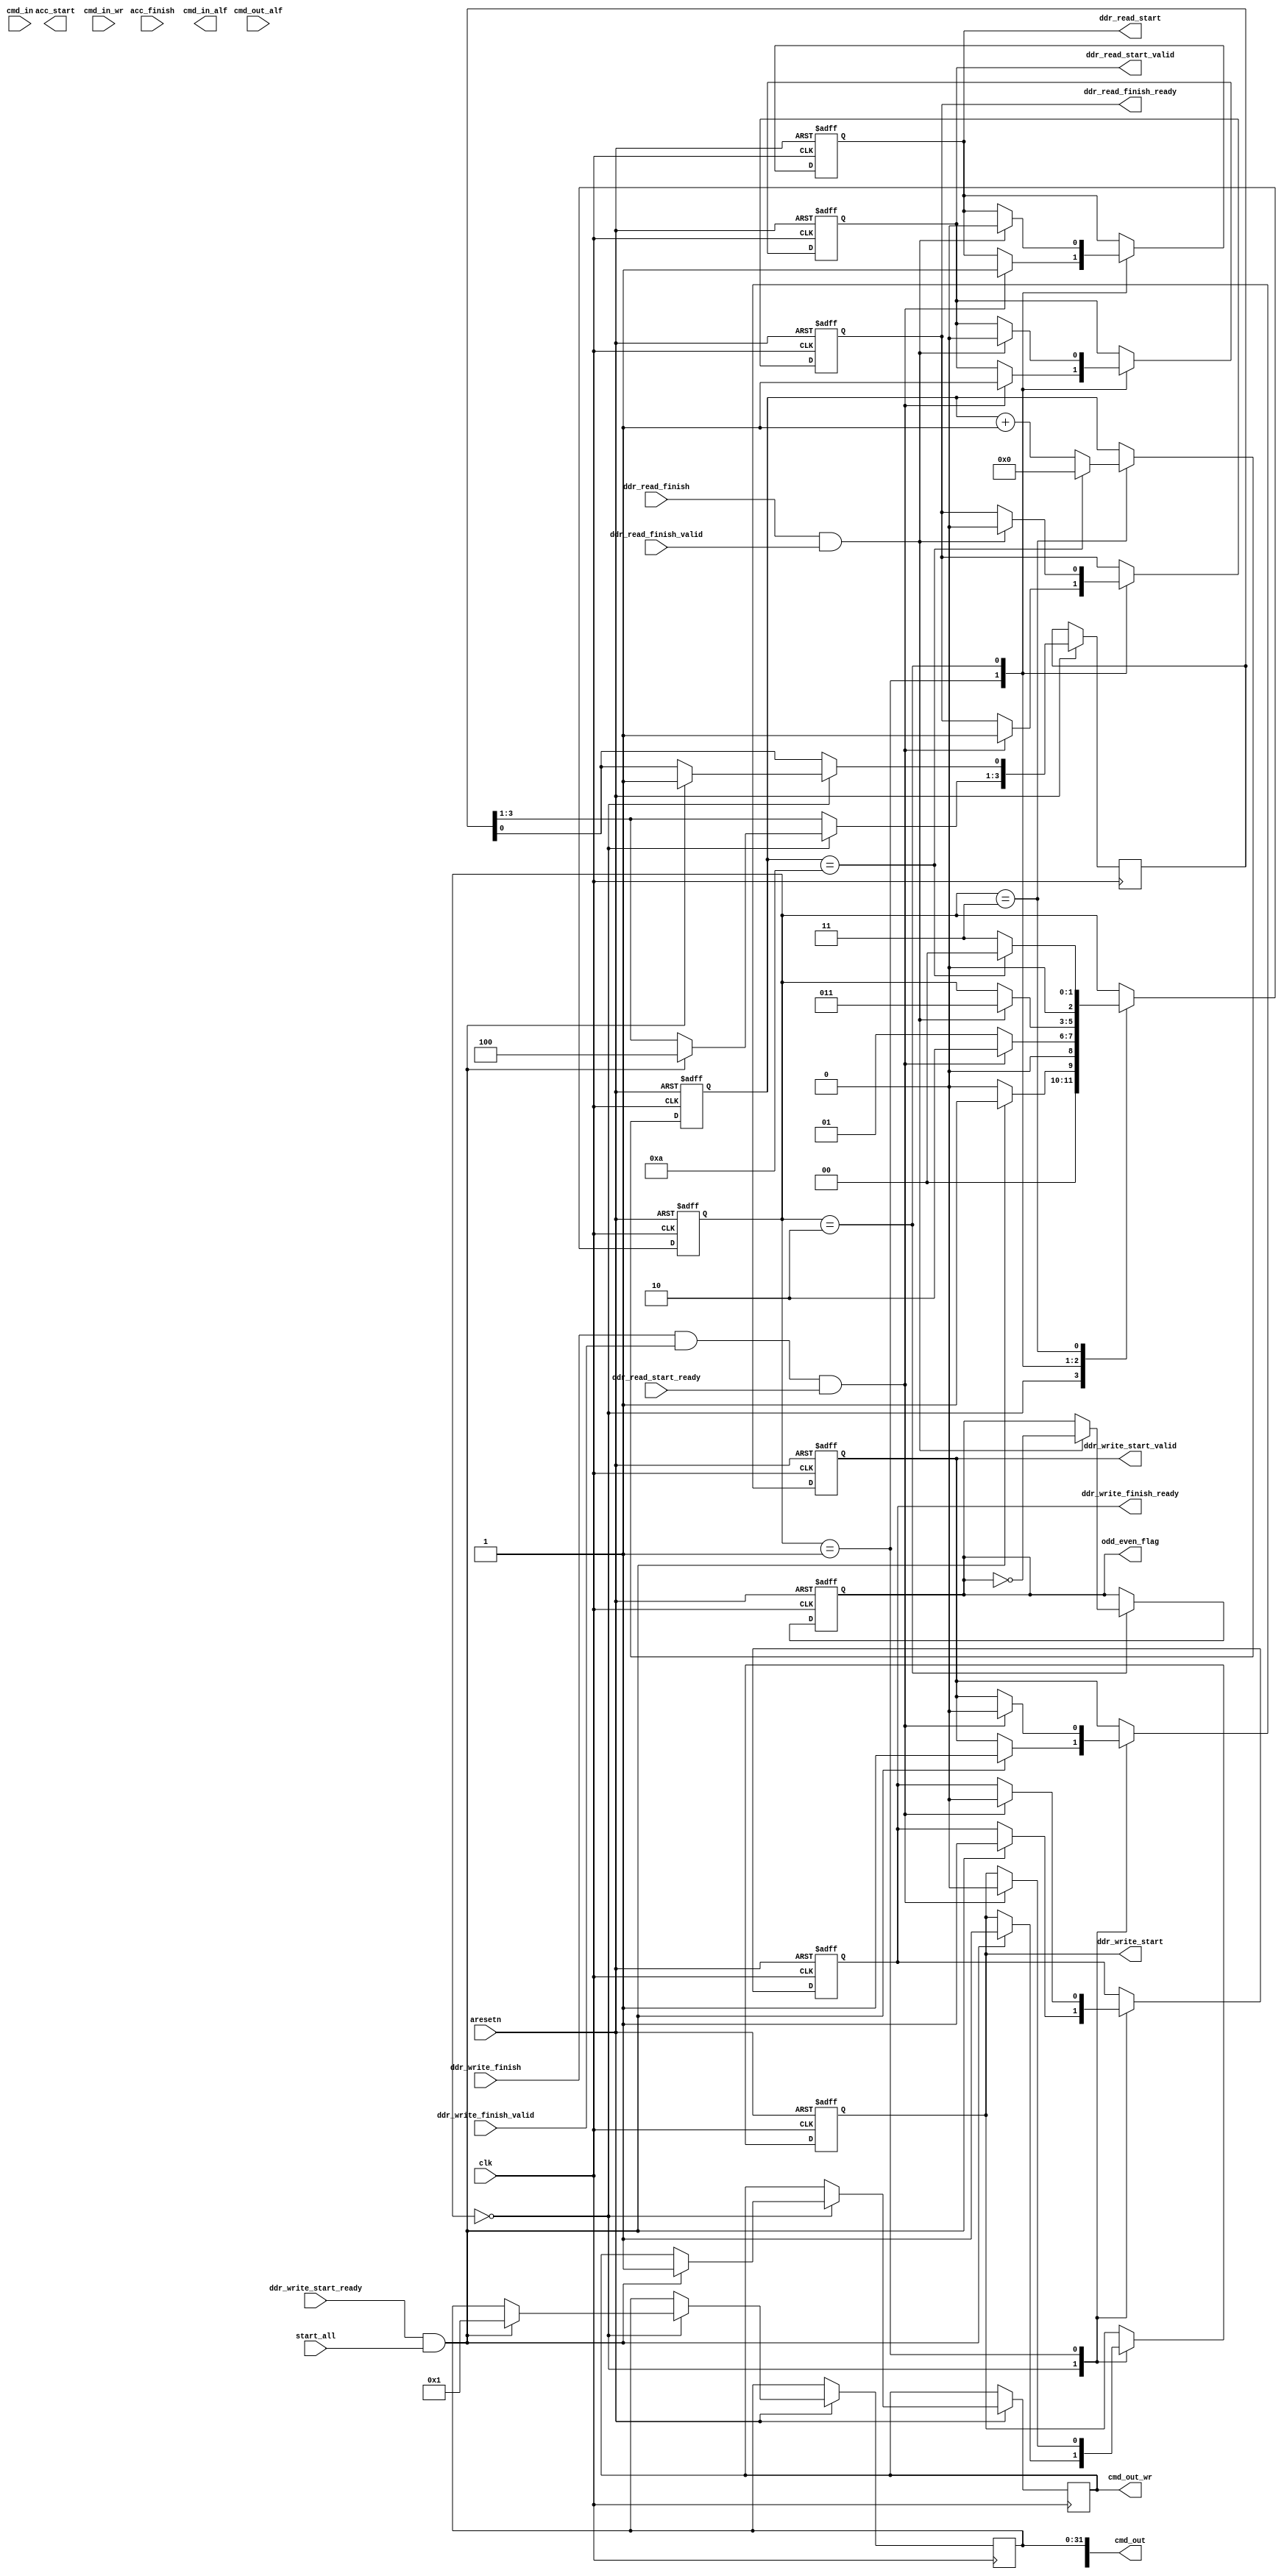

module controller(
    input clk,
    input aresetn,

    //from outside
    input                       start_all,

    //TO MONITOR
    output  reg                 ddr_read_start,
    output  reg                 ddr_read_start_valid,
    input                       ddr_read_start_ready,
    
    //TO CAMERA
    output  reg                 ddr_write_start,
    output  reg                 ddr_write_start_valid,
    input                       ddr_write_start_ready,

    //FROM MONITOR
    input                       ddr_read_finish,
    input                       ddr_read_finish_valid,
    output  reg                 ddr_read_finish_ready,

    //FROM CAMERA
    input                       ddr_write_finish,
    input                       ddr_write_finish_valid,
    output  reg                 ddr_write_finish_ready,

    //TO/FROM ACCEL
    output  reg                 acc_start,
    input                       acc_finish,

    input                       cmd_in_wr,
    input           [63:0]      cmd_in,
    output  reg                 cmd_in_alf,

    output 	reg 				cmd_out_wr	,//command write signal
	output 	reg 	[63:0] 		cmd_out		,//command [63:61] 101:frist 111:middle 110:end 100:frist&end [60]1:succeed 0:fail  [59] 0:read 1:write [58:52]MDID [51:32] address [31:0] data
	input 						cmd_out_alf,	 //commadn almostful
    
    output reg                  odd_even_flag
);
    

//bypass accelerator
reg [2:0]  test_state;
reg [10:0] wait_counter;

localparam IDLE_T = 0,
           CAM_T = 1,
           MONI_T = 2,
           WAIT_T = 3;

always @(posedge clk or negedge aresetn) begin
    if(~aresetn) begin
        odd_even_flag <= 1'b0;
        test_state <= IDLE_T;
        ddr_write_finish_ready <= 1'b1;
        ddr_read_finish_ready <= 1'b1;

        ddr_write_start <= 1'b0;
        ddr_write_start_valid <= 1'b0;

        ddr_read_start <= 1'b0;
        ddr_read_start_valid <= 1'b0;
        
        wait_counter <= 0;
    end
    else begin
        case(test_state)
            IDLE_T: begin
                if(ddr_write_start_ready & start_all) begin
                    //trigger remote camera
                    cmd_out[63:61] <= 3'b100;
                    cmd_out[60]    <= 1'b1;
                    cmd_out[31:0]  <= 32'b1;
                    cmd_out_wr     <= 1'b1;

                    ddr_write_start <= 1'b1;
                    ddr_write_start_valid <= 1'b1;

                    ddr_write_finish_ready <= 1'b1;

                    test_state <= CAM_T;
                end
                else begin
                    //do nothing
                    test_state <= IDLE_T;
                end
            end
            CAM_T: begin
                if(ddr_write_finish & ddr_write_finish_valid & ddr_read_start_ready) begin
                    ddr_write_start <= 1'b0;
                    ddr_write_start_valid <= 1'b0;

                    ddr_write_finish_ready <= 0;
                    ddr_read_start <= 1'b1;
                    ddr_read_start_valid <= 1'b1;
                    ddr_read_finish_ready <= 1'b1;
                    test_state <= MONI_T;
                end
                else begin
                    test_state <= CAM_T;
                end
            end

            MONI_T: begin
                if(ddr_read_finish & ddr_read_finish_valid) begin
                    ddr_read_finish_ready <= 1'b0;
                    odd_even_flag <= ~odd_even_flag;

                    ddr_read_start <= 1'b0;
                    ddr_read_start_valid <= 1'b0;
                    test_state <= WAIT_T;
                end
            end

            WAIT_T: begin
                if(wait_counter == 10) begin
                    wait_counter <= 0;
                    test_state <= IDLE_T;
                end
                else begin
                    wait_counter <= wait_counter + 1;
                    test_state <= WAIT_T;
                end
            end
        endcase
    end
end


// reg accel_done_flag;

// reg [3:0] ctrl_state;

// localparam IDLE_C = 4'd0,
//            TRI_CAMERA_C = 4'd1,
//            TRI_ACCEL_C = 4'd2,
//            TRI_MONIT_C = 4'd3;

// always @(posedge clk or negedge aresetn) begin
//     if(~aresetn) begin
//         ddr_read_start <= 1'b0;
//         ddr_read_start_valid <= 1'b0;
//         ddr_write_start <= 1'b0;
//         ddr_write_start_valid <= 1'b0;
        
//         ddr_read_finish_ready <= 1'b0;
//         ddr_write_finish_ready <= 1'b0;

//         acc_start <= 1'b0;

//         cmd_in_alf <= 1'b1;
//         cmd_out_wr <= 1'b0;
//         cmd_out <= 64'b0;
//         ctrl_state <= 0;

//         odd_even_flag <= 1'b0;
//     end

//     else begin
//         case(ctrl_state) 
//             IDLE_C: begin
//                 if(start_all || (ddr_read_finish && ddr_read_finish_valid)) begin
//                     //trigger remote camera
//                     cmd_out[63:61] <= 3'b100;
//                     cmd_out[60]    <= 1'b1;
//                     cmd_out[31:0]  <= 32'b1;
//                     cmd_out_wr     <= 1'b1;
//                     odd_even_flag <= ~odd_even_flag;
//                     ctrl_state <= TRI_CAMERA_C;
//                 end

//                 else begin
//                     cmd_out[63:61] <= 0;
//                     cmd_out[60]    <= 0;
//                     cmd_out[31:0]  <= 0;
//                     cmd_out_wr     <= 0;
//                 end
//             end
            
//             TRI_CAMERA_C: begin
//                 cmd_out[63:61] <= 0;
//                 cmd_out[60]    <= 0;
//                 cmd_out[31:0]  <= 0;
//                 cmd_out_wr     <= 0;
                
//                 if(ddr_write_start_ready) begin
//                     ddr_write_start <= 1'b1;
//                     ddr_write_start_valid <= 1'b1;
//                     ddr_write_finish_ready <= 1'b1;
//                 end

//                 if(ddr_write_finish_valid && ddr_write_finish) begin
//                     //reset ddr_write_start
//                     ddr_write_start <= 1'b0;
//                     ddr_write_start_valid <= 1'b0;
//                     ddr_write_finish_ready <= 1'b0;
//                     //trigger acclerator if its waiting
//                     if(accel_done_flag) begin
//                         acc_start <= 1'b1;
//                         ctrl_state <= TRI_ACCEL_C;
//                     end
//                 end
//             end

//             TRI_ACCEL_C: begin
//                 acc_start <= 1'b0;
//                 if(acc_finish) ctrl_state <= TRI_MONIT_C;
//             end

//             TRI_MONIT_C: begin
//                 if(ddr_read_start_ready) begin
//                     ddr_read_start <= 1'b1;
//                     ddr_read_start_valid <= 1'b1;
//                     ddr_read_finish_ready <= 1'b1;
//                     ctrl_state <= IDLE_C;
//                 end
//             end
//         endcase
//     end
// end



// always @(posedge clk or negedge aresetn) begin
//     if(~aresetn) begin
//         accel_done_flag <= 1'b0;
//     end
//     else if(acc_finish) begin
//         accel_done_flag <= 1'b1;
//     end
//     else if(acc_start) begin
//         accel_done_flag <= 1'b0;
//     end
//     else begin
//         accel_done_flag <= accel_done_flag;
//     end
// end

endmodule